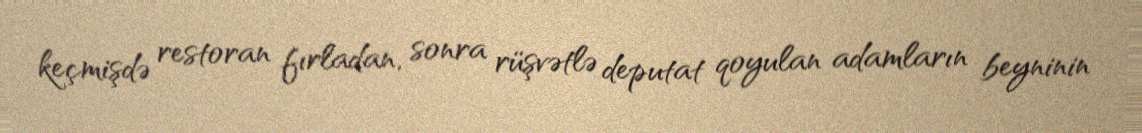
keçmişdə restoran fırladan, sonra rüşvətlə deputat qoyulan adamların beyninin